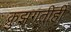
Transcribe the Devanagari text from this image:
क्रुझगतीही